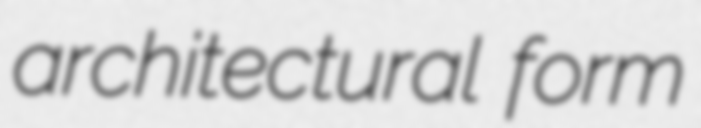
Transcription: architectural form